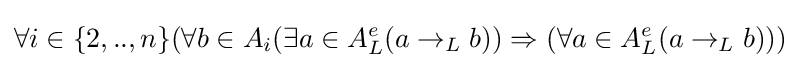
\forall i\in \{2,..,n\}(\forall b\in A_{i}(\exists a\in A_{L}^{e}(a\rightarrow _{L}b))\Rightarrow (\forall a\in A_{L}^{e}(a\rightarrow _{L}b)))